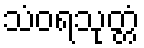
သံဝရသုတ္တံ